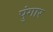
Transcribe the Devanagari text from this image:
पुंगार